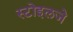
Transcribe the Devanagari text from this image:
स्टोइलजे